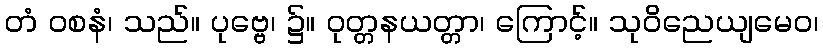
တံ ဝစနံ၊ သည်။ ပုဗ္ဗေ၊ ၌။ ဝုတ္တနယတ္တာ၊ ကြောင့်။ သုဝိညေယျမေဝ၊